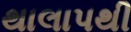
થાલાપથી